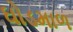
ઘોડમાળ